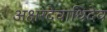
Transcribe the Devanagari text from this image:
अक्षरदेवाधिदेव